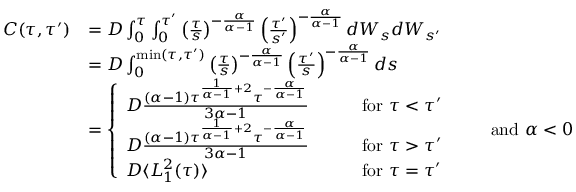
\begin{array} { r l } { C ( \tau , \tau ^ { \prime } ) } & { = D \int _ { 0 } ^ { \tau } \int _ { 0 } ^ { \tau ^ { \prime } } \left( \frac { \tau } { s } \right) ^ { - \frac { \alpha } { \alpha - 1 } } \left( \frac { \tau ^ { \prime } } { s ^ { \prime } } \right) ^ { - \frac { \alpha } { \alpha - 1 } } d W _ { s } d W _ { s ^ { \prime } } } \\ & { = D \int _ { 0 } ^ { \mathrm { m i n } ( \tau , \tau ^ { \prime } ) } \left( \frac { \tau } { s } \right) ^ { - \frac { \alpha } { \alpha - 1 } } \left( \frac { \tau ^ { \prime } } { s } \right) ^ { - \frac { \alpha } { \alpha - 1 } } d s } \\ & { = \left\{ \begin{array} { l l } { D \frac { ( \alpha - 1 ) \tau ^ { \frac { 1 } { \alpha - 1 } + 2 } \tau ^ { - \frac { \alpha } { \alpha - 1 } } } { 3 \alpha - 1 } } & { \qquad \mathrm { f o r } \ \tau < \tau ^ { \prime } } \\ { D \frac { ( \alpha - 1 ) \tau ^ { \frac { 1 } { \alpha - 1 } + 2 } \tau ^ { - \frac { \alpha } { \alpha - 1 } } } { 3 \alpha - 1 } } & { \qquad \mathrm { f o r } \ \tau > \tau ^ { \prime } } \\ { D \langle L _ { 1 } ^ { 2 } ( \tau ) \rangle } & { \qquad \mathrm { f o r } \ \tau = \tau ^ { \prime } } \end{array} \right. \qquad \mathrm { a n d } \ \alpha < 0 } \end{array}